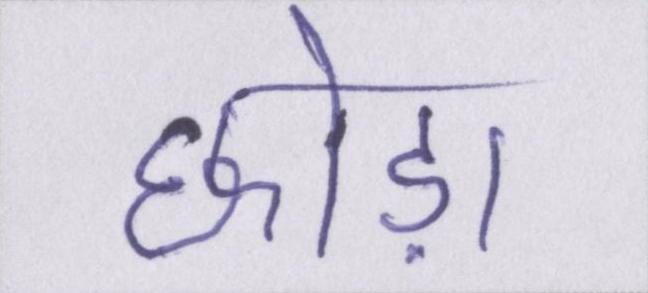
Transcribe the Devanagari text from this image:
छोड़ा